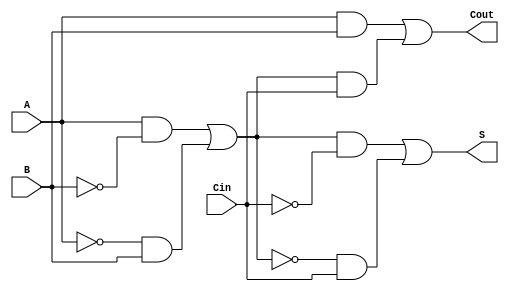
module TransmissionGateFullAdder (
    input wire A,     // First input bit
    input wire B,     // Second input bit
    input wire Cin,   // Carry-in bit
    output wire S,    // Sum output
    output wire Cout   // Carry-out output
);

// Internal wires for intermediate signals
wire AxorB;
wire A_and_B;
wire AxorB_and_Cin;

// Transmission Gate for A XOR B
assign AxorB = (A & ~B) | (~A & B);

// Transmission Gate for A AND B
assign A_and_B = A & B;

// Transmission Gate for (A XOR B) XOR Cin
assign S = (AxorB & ~Cin) | (~AxorB & Cin);

// Transmission Gate for Cin AND (A XOR B)
assign AxorB_and_Cin = AxorB & Cin;

// Carry-out calculation
assign Cout = A_and_B | AxorB_and_Cin;

endmodule